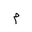
Letter: _mim